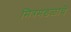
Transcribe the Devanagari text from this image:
मित्रमडळाचे